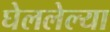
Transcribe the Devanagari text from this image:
घेललेल्या